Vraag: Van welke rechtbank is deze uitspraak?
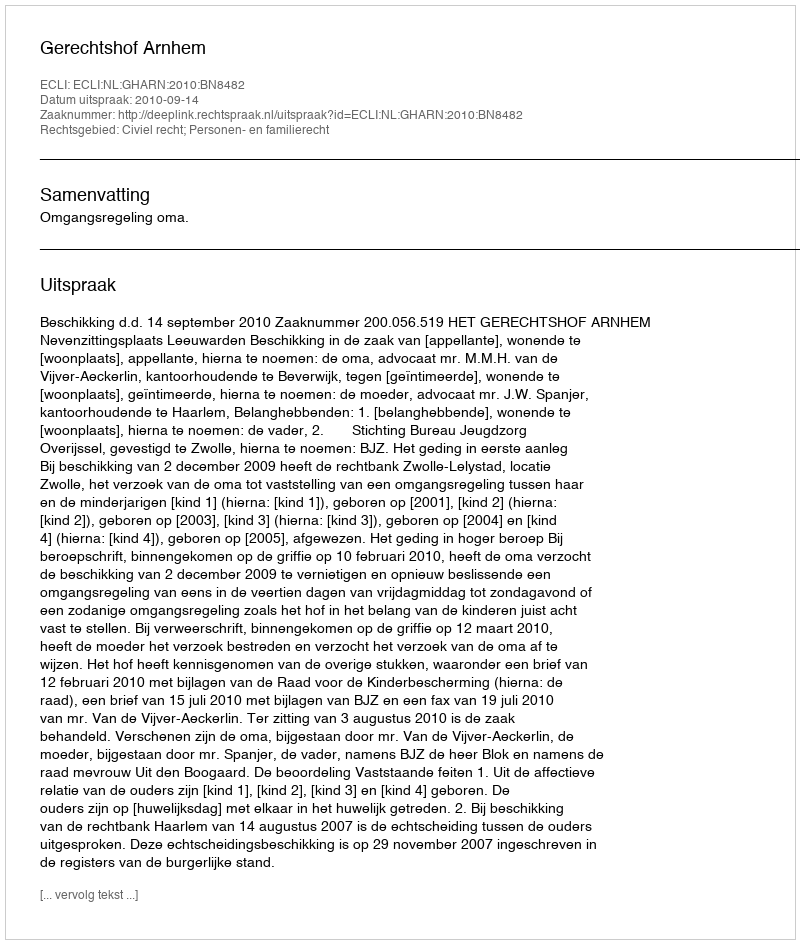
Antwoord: Gerechtshof Arnhem